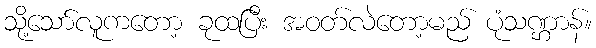
သို့သော်လူကတော့ ခုထပြီး အဝတ်လဲတော့မည် ပုံသဏ္ဌာန်။